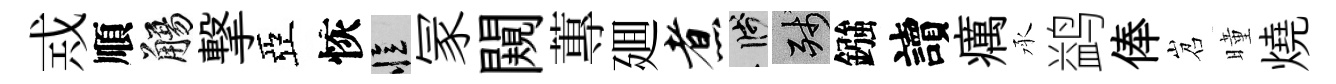
𢦶順觴撃亞恢忆冡闚蓴廽煮箋殘鏹讀癘承鹢俸岧曈燒